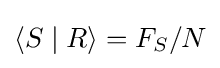
\langle S\mid R\rangle =F_{S}/N